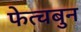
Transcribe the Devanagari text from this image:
फेत्चबुन